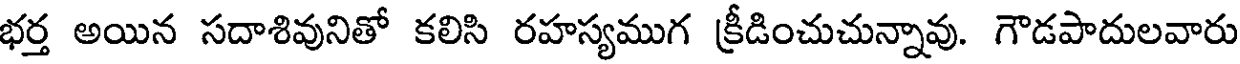
భర్త అయిన సదాశివునితో కలిసి రహస్యముగ క్రీడించుచున్నావు. గౌడపాదులవారు